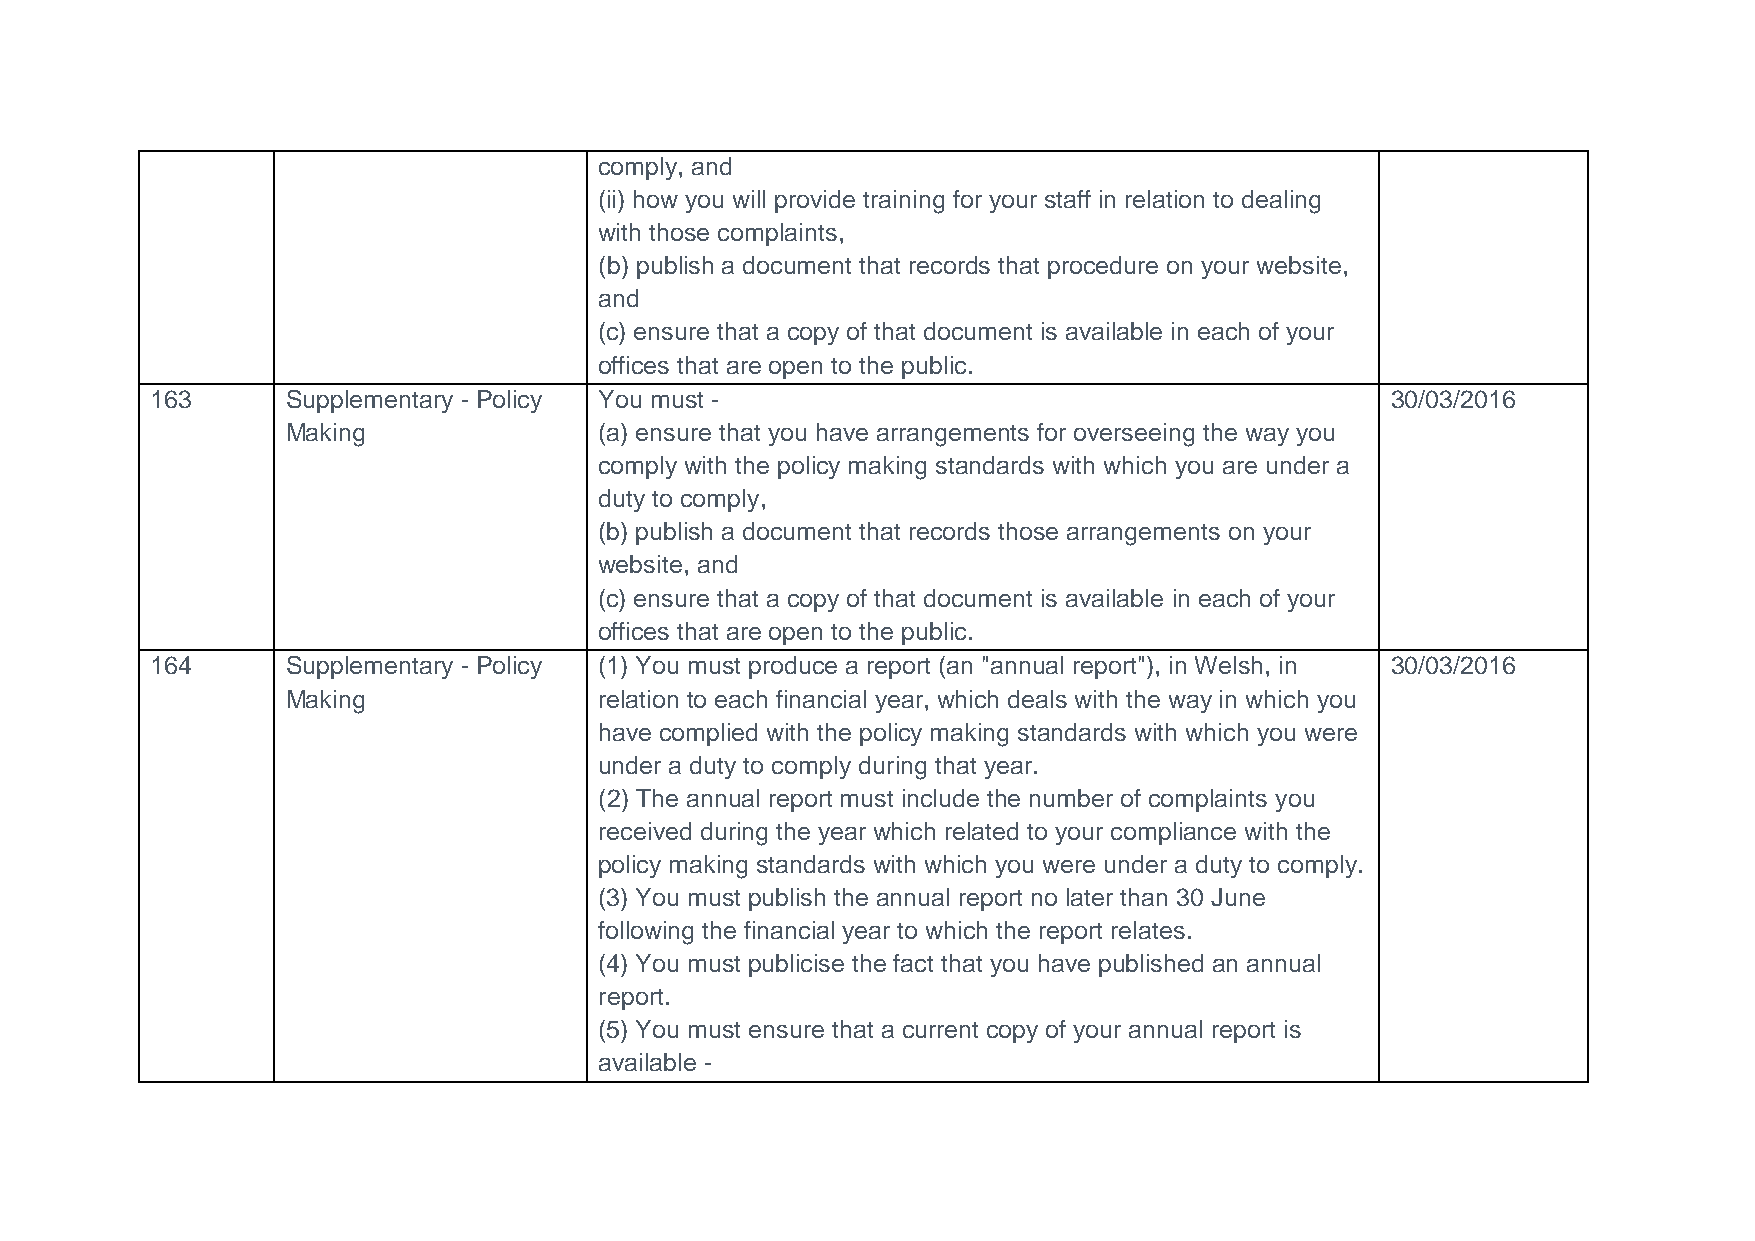
comply, and
 (ii) how you will provide training for your staff in relation to dealing
 with those complaints,
 (b) publish a document that records that procedure on your website,
 and
 (c) ensure that a copy of that document is available in each of your
 offices that are open to the public.
 163      Supplementary - Policy You must -                                        30/03/2016
 Making               (a) ensure that you have arrangements for overseeing the way you
 comply with the policy making standards with which you are under a
 duty to comply,
 (b) publish a document that records those arrangements on your
 website, and
 (c) ensure that a copy of that document is available in each of your
 offices that are open to the public.
 164      Supplementary - Policy (1) You must produce a report (an "annual report"), in Welsh, in 30/03/2016
 Making               relation to each financial year, which deals with the way in which you
 have complied with the policy making standards with which you were
 under a duty to comply during that year.
 (2) The annual report must include the number of complaints you
 received during the year which related to your compliance with the
 policy making standards with which you were under a duty to comply.
 (3) You must publish the annual report no later than 30 June
 following the financial year to which the report relates.
 (4) You must publicise the fact that you have published an annual
 report.
 (5) You must ensure that a current copy of your annual report is
 available -